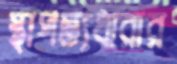
স্থাপত্যধারার